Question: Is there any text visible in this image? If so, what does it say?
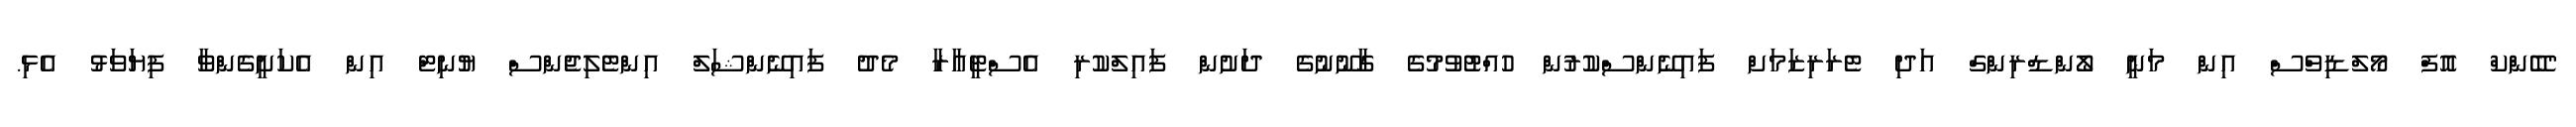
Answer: "ބޭންކް އޮފް މޯލްޑިވްސް އިން މަނީ ލޯންޑްރިންގް އަދި ޓެރަރިޒަމަށް ފައިނޭންސްކުރުން ހުއްޓުވުމުގެ ގާނޫނުގެ ދަށުން ފައިލްކުރި އެސްޓީއާރާ މެދު ފައިނޭންޝަލް އިންޓެލިޖެންސް ޔުނިޓް އިން އެކަށީގެންވާ ފިޔަވަޅު އެޅި.